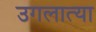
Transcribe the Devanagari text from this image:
उगलात्या